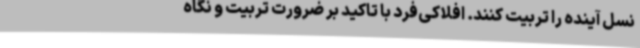
نسل آینده را تربیت کنند. افلاکی‌فرد با تاکید بر ضرورت تربیت و نگاه